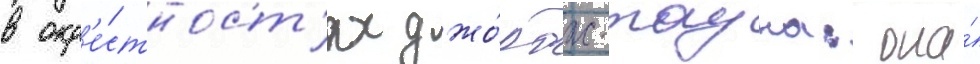
в окр'е́стност'ях джо́рдж-тауна: она́